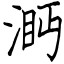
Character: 㴐